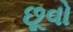
છૂવો